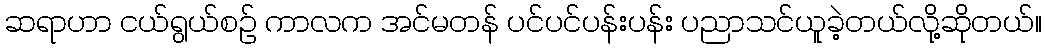
ဆရာဟာ ငယ်ရွယ်စဉ် ကာလက အင်မတန် ပင်ပင်ပန်းပန်း ပညာသင်ယူခဲ့တယ်လို့ဆိုတယ်။